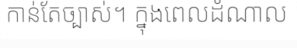
កាន់តែច្បាស់។ ក្នុងពេលដំណាល